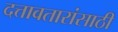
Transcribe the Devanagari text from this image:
दत्तावतारांसाठी